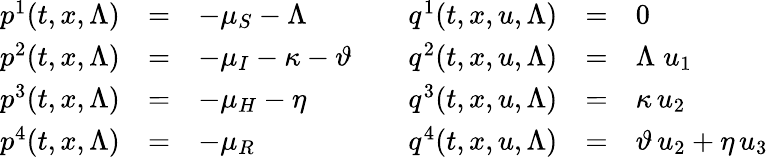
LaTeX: \begin{array}{rcl}{p^{1}(t,x,\Lambda)}&{=}&{-\mu_{S}-\Lambda}\\ {p^{2}(t,x,\Lambda)}&{=}&{-\mu_{I}-\kappa-\vartheta}\\ {p^{3}(t,x,\Lambda)}&{=}&{-\mu_{H}-\eta}\\ {p^{4}(t,x,\Lambda)}&{=}&{-\mu_{R}}\end{array}\qquad\begin{array}{rcl}{q^{1}(t,x,u,\Lambda)}&{=}&{0}\\ {q^{2}(t,x,u,\Lambda)}&{=}&{\Lambda\; u_{1}}\\ {q^{3}(t,x,u,\Lambda)}&{=}&{\kappa\, u_{2}}\\ {q^{4}(t,x,u,\Lambda)}&{=}&{\vartheta\, u_{2}+\eta\, u_{3}}\end{array}